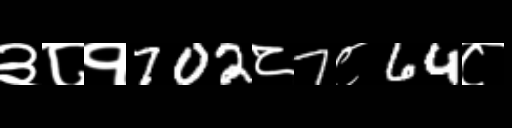
Text: ३८१702८7८64८